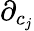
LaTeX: {\partial_{c_{j}}}